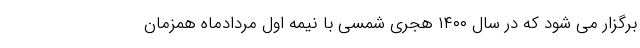
برگزار می شود که در سال ۱۴۰۰ هجری شمسی با نیمه اول مردادماه همزمان